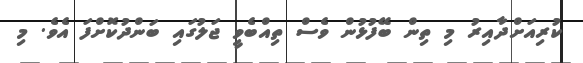
ކުރިއަށްދާއިރު މި ތިން ބޭފުޅުން ވެސް ތިއްބެވީ ޖަލުގައި ބަންދުކޮށްފަ އެވެ. މި